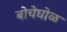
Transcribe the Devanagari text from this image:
बोचेघोळ